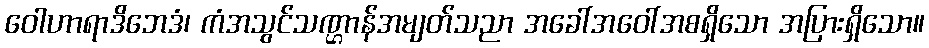
ဝေါဟာရာဒိဘေဒံ၊ ကံအသွင်သဏ္ဌာန်အမျတ်သညာ အခေါ်အဝေါ်အစရှိသော အပြားရှိသော။